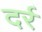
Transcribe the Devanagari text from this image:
दर्र